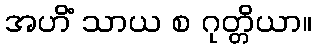
အဟိံ သာယ စ ဂုတ္တိယာ။